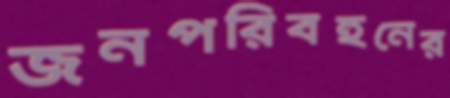
জনপরিবহনের